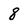
Character: 8